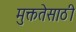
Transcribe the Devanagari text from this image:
मुक्ततेसाठी